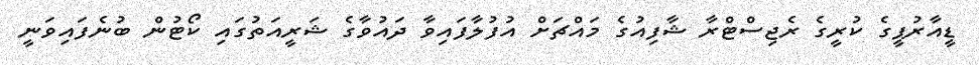
ޑީއާރުޕީގެ ކުރީގެ ރެޖިސްޓްރާ ޝާފިއުގެ މައްޗަށް އުފުލާފައިވާ ދައުވާގެ ޝަރީއަތުގައި ކޯޓުން ބުނެފައިވަނީ